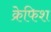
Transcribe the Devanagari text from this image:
क्रेफिश